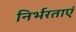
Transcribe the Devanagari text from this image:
निर्भरताएं